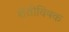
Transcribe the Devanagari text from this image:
शेतीविषक